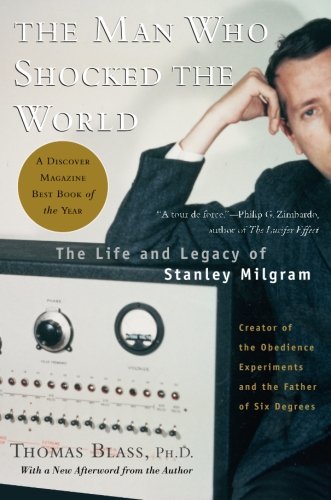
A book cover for The Man Who Shocked The World: The Life and Legacy of Stanley Milgram; Thomas Blass; Biographies & Memoirs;